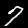
Label: 7